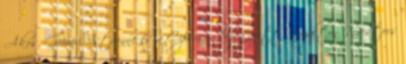
Ákos, Gömöri Istvánné és a Cipruson bejegyzett Royalton Investors